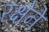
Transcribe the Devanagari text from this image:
रक्षेने